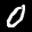
Label: 0